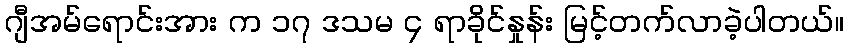
ဂျီအမ်ရောင်းအား က ၁၇ ဒသမ ၄ ရာခိုင်နှုန်း မြင့်တက်လာခဲ့ပါတယ်။